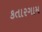
કતારગામ